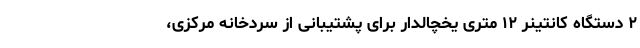
۲ دستگاه کانتینر ۱۲ متری یخچالدار برای پشتیبانی از سردخانه مرکزی،